Lunatic asylums United Provinces 1899-1908 - 1899-1908
Year: 1899
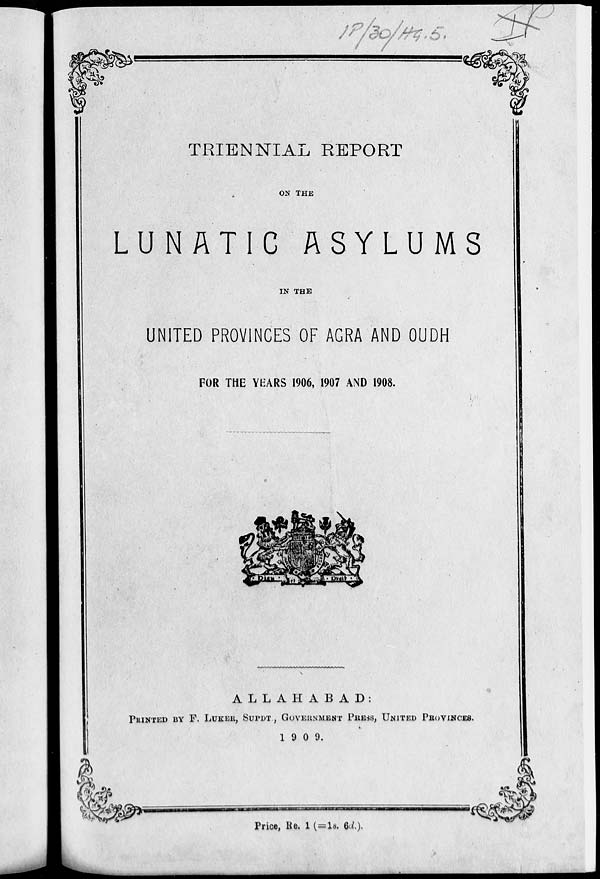
TRIENNIAL REPORT
ON THE
LUNATIC ASYLUMS
IN THE
UNITED PROVINCES OF AGRA AND OUDH
FOR THE YEARS 1906, 1907 AND 1908.
ALLAHABAD:
PRINTED BY F. LUKER, SUPDT., GOVERNMENT PRESS, UNITED PROVINCES.
1909.
Price, Re. 1 (=1s. 6d.).